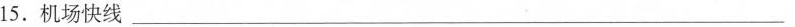
15.机场快线